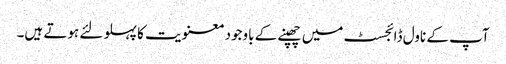
آپ کے ناول ڈائجسٹ میں چھپنے کے باوجود معنویت کا پہلو لئے ہوتے ہیں۔